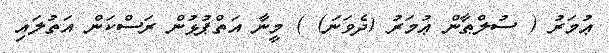
ޢުމަރު ( ސުލްޠާން ޢުމަރު (ދެވަނަ) ) މީނާ އަތްޕުޅުން ރަސްކަން އަތުލައި